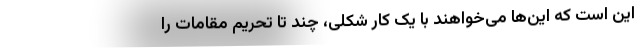
این است که این‌ها می‌خواهند با یک کار شکلی، چند تا تحریم مقامات را